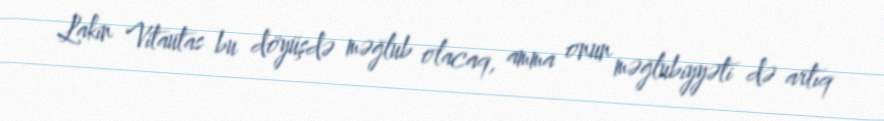
Lakin Vitautas bu döyüşdə məğlub olacaq, amma onun məğlubiyyəti də artıq